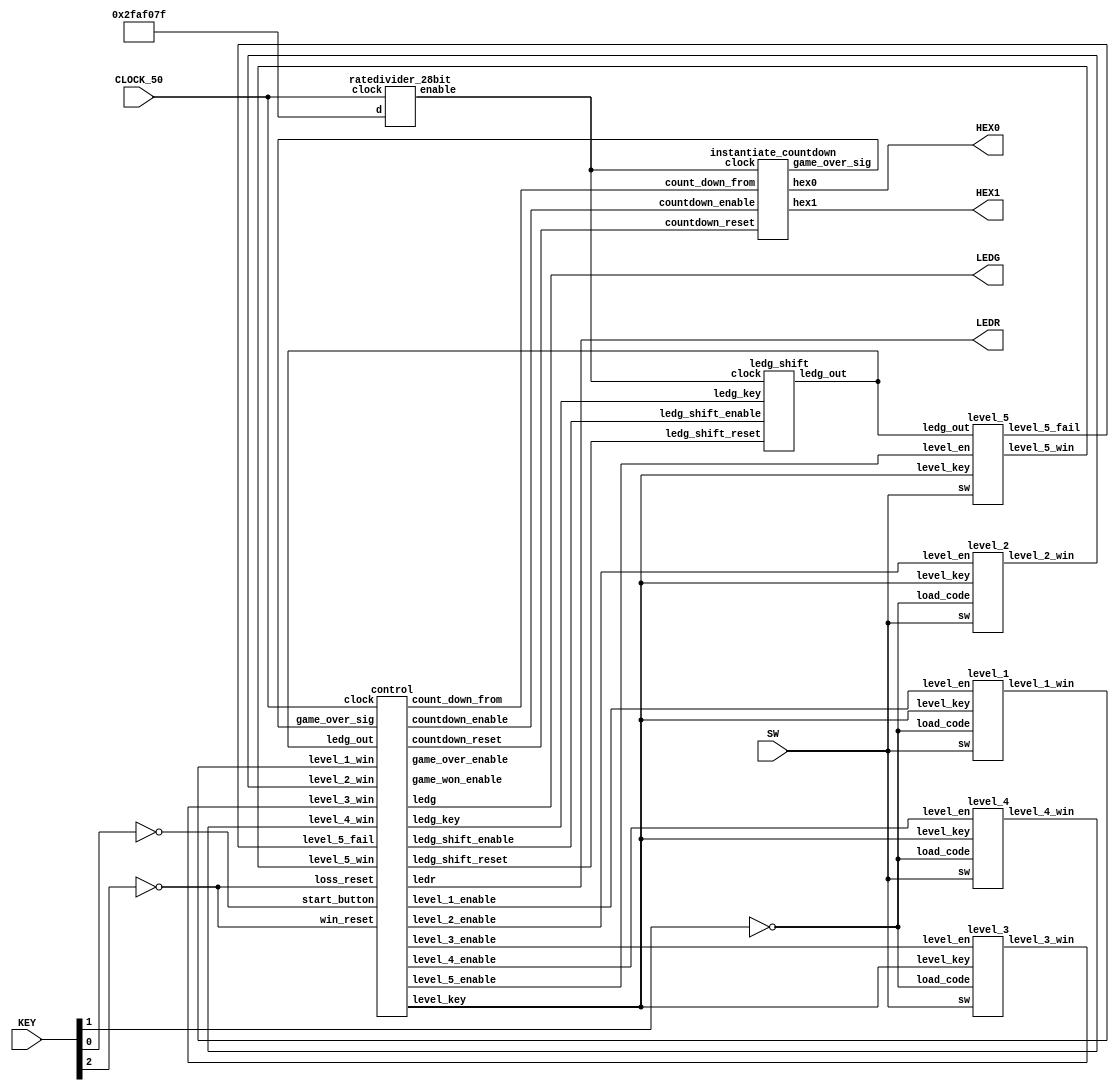


module basic_game(CLOCK_50, KEY, SW, LEDR, LEDG, HEX0, HEX1); //wait states and new levels

	input CLOCK_50;
	input [3:0] KEY;
	input [17:0] SW;
	
	output [17:0] LEDR;
	output [7:0] LEDG;
	output [6:0] HEX0;
	output [6:0] HEX1;
	
	wire rate_out,
		 countdown_reset,
		 countdown_enable,
		 game_over_sig;
		 
	wire [7:0] count_down_from;

	wire level_1_enable;
	wire level_1_win;
	
	wire level_2_enable;
	wire level_2_win;
	
	wire level_3_enable;
	wire level_3_win;
	
	wire level_4_enable;
	wire level_4_win;
	
	wire level_5_enable;
	wire level_5_win;
	wire level_5_fail;
	
	wire game_won_enable;
	wire win_reset;
	
	wire game_over_enable;
	wire loss_reset;
	
	wire [17:0] level_key;
	
	instantiate_countdown ctdwn (
		.clock(rate_out), //rate divider output
		.countdown_reset(countdown_reset), //from CONTROL
		.countdown_enable(countdown_enable), //from control
		.count_down_from(count_down_from), //from control
		.hex0(HEX0),
		.hex1(HEX1),
		.game_over_sig(game_over_sig) //output to control
		);
		
	ratedivider_28bit rateOne ( //should be 1 per second
        .clock(CLOCK_50),
        .d(28'b0010111110101111000001111111),
        .enable(rate_out)
    );
    
    wire ledg_shift_enable;
    wire ledg_shift_reset;
    wire [7:0] ledg_out;
    wire [29:0] ledg_key;
    
    ledg_shift ledg_shift(
    	.clock(rate_out),
    	.ledg_shift_enable(ledg_shift_enable),
    	.ledg_shift_reset(ledg_shift_reset),
    	.ledg_key(ledg_key), //30 bits
    	.ledg_out(ledg_out) //8 bit output
    );
	
    control ctrl(
    	.clock(CLOCK_50),
    	.start_button(~KEY[0]), //game start button
    	.game_over_sig(game_over_sig), //from countdown
    	.win_reset(~KEY[2]),
    	.loss_reset(~KEY[2]),
    	.level_1_win(level_1_win),
    	.level_2_win(level_2_win),
    	.level_3_win(level_3_win),
    	.level_4_win(level_4_win),
    	.level_5_win(level_5_win),
    	.level_5_fail(level_5_fail),
    	.ledg_out(ledg_out),
    	.ledg_shift_enable(ledg_shift_enable),
    	.ledg_shift_reset(ledg_shift_reset),
    	
    	.countdown_reset(countdown_reset),
    	.countdown_enable(countdown_enable),
    	.count_down_from(count_down_from),
    	
    	//outputs
    	.level_1_enable(level_1_enable),
    	.level_2_enable(level_2_enable),
    	.level_3_enable(level_3_enable),
    	.level_4_enable(level_4_enable),
    	.level_5_enable(level_5_enable),

    	.level_key(level_key), //18 bits
    	.ledg_key(ledg_key), //18 bits
    	.game_won_enable(game_won_enable),
    	.game_over_enable(game_over_enable),
    	.ledr(LEDR),
    	.ledg(LEDG)
    	);
		
	// assign LEDG[0] = level_1_enable;
		
	level_1 level_1 (
    	.level_en(level_1_enable), //ENABLE SIGNAL
    	.load_code(~KEY[1]),       //ENTER SIGNAL
    	.sw(SW[17:0]),             //INPUT
    	.level_key(level_key),     //KEY FOR LEVEL... -> MIGHT NEED LOAD SIGNAL FROM CONTROL
    	.level_1_win(level_1_win)
    	);
    	
    level_2 level_2 (
    	.level_en(level_2_enable), //ENABLE SIGNAL
    	.load_code(~KEY[1]),       //ENTER SIGNAL
    	.sw(SW[17:0]),             //INPUT
    	.level_key(level_key),     //KEY FOR LEVEL... -> MIGHT NEED LOAD SIGNAL FROM CONTROL
    	.level_2_win(level_2_win)
    	);
    	
    level_3 level_3 (
    	.level_en(level_3_enable), //ENABLE SIGNAL
    	.load_code(~KEY[1]),       //ENTER SIGNAL
    	.sw(SW[17:0]),             //INPUT
    	.level_key(level_key),     //KEY FOR LEVEL... -> MIGHT NEED LOAD SIGNAL FROM CONTROL
    	.level_3_win(level_3_win)
    	);
    	
    level_4 level_4 (
    	.level_en(level_4_enable), //ENABLE SIGNAL
    	.load_code(~KEY[1]),       //ENTER SIGNAL
    	.sw(SW[17:0]),             //INPUT
    	.level_key(level_key),     //KEY FOR LEVEL... -> MIGHT NEED LOAD SIGNAL FROM CONTROL
    	.level_4_win(level_4_win)
    	);
    
    level_5 level_5 (
    	.level_en(level_5_enable), //ENABLE SIGNAL
    	.ledg_out(ledg_out),
    	.sw(SW[17:0]),             //INPUT
    	.level_key(level_key),     //KEY FOR LEVEL... -> MIGHT NEED LOAD SIGNAL FROM CONTROL
    	.level_5_win(level_5_win),
    	.level_5_fail(level_5_fail)
    	);
    	

endmodule

module control(
	input clock,
	input start_button,
	input game_over_sig,
	input win_reset,
	input loss_reset,
	input level_1_win,
	input level_2_win,
	input level_3_win,
	input level_4_win,
	input level_5_win,
	input level_5_fail,
	input [7:0] ledg_out,
	
	output reg ledg_shift_enable,
    output reg ledg_shift_reset,
	output reg countdown_reset,
	output reg countdown_enable,
	output reg [7:0] count_down_from,
	
	output reg level_1_enable,
	output reg level_2_enable,
	output reg level_3_enable,
	output reg level_4_enable,
	output reg level_5_enable,
	output reg [17:0] level_key,
	output reg [29:0] ledg_key, //new
	output reg game_won_enable,
	output reg game_over_enable,
	output reg [17:0] ledr,
	output reg [7:0] ledg
	);
	
	reg [4:0] current_state, next_state;
	
	localparam 	STANDBY 		= 	5'd0,
				STANDBY_WAIT 	= 	5'd1,
				LEVEL_1 		= 	5'd2,
				LEVEL_1_WAIT	=	5'd3,
				LEVEL_2 		= 	5'd4,
				LEVEL_2_WAIT	=	5'd5,
				LEVEL_3 		= 	5'd6,
				LEVEL_3_WAIT	=	5'd7,
				LEVEL_4 		= 	5'd8,
				LEVEL_4_WAIT	=	5'd9,
				LEVEL_5 		= 	5'd10,
				GAME_WON		= 	5'd11,
				GAME_OVER		=	5'd12;
					
	//state logic (game states)
	always @(*)
	begin: state_table
		case (current_state)
			STANDBY: 		next_state = start_button? STANDBY_WAIT : STANDBY;
			STANDBY_WAIT: 	next_state = start_button? STANDBY_WAIT : LEVEL_1;
			
			LEVEL_1: 		if (game_over_sig)
									next_state = GAME_OVER;
								else if (level_1_win)
									next_state = LEVEL_1_WAIT;
								else
									next_state = LEVEL_1;
									
			LEVEL_1_WAIT:	next_state = start_button? LEVEL_2 : LEVEL_1_WAIT;
									
			LEVEL_2: 		if (game_over_sig)
									next_state = GAME_OVER;
								else if (level_2_win)
									next_state = LEVEL_2_WAIT;
								else
									next_state = LEVEL_2;	
									
			LEVEL_2_WAIT:	next_state = start_button? LEVEL_3 : LEVEL_2_WAIT;
									
			LEVEL_3: 		if (game_over_sig)
									next_state = GAME_OVER;
								else if (level_3_win)
									next_state = LEVEL_3_WAIT;
								else
									next_state = LEVEL_3;
									
			LEVEL_3_WAIT:	next_state = start_button? LEVEL_4 : LEVEL_3_WAIT;
									
			LEVEL_4: 		if (game_over_sig)
									next_state = GAME_OVER;
								else if (level_4_win)
									next_state = LEVEL_5;
								else
									next_state = LEVEL_4;
									
			LEVEL_4_WAIT:	next_state = start_button? LEVEL_5 : LEVEL_4_WAIT;
			
			LEVEL_5: 		if (game_over_sig || level_5_fail)
									next_state = GAME_OVER;
								else if (level_5_win)
									next_state = GAME_WON;
								else
									next_state = LEVEL_5;
								
			GAME_WON:		next_state = win_reset? STANDBY : GAME_WON;
			GAME_OVER:		next_state = loss_reset? STANDBY : GAME_OVER;
			
			default:     next_state = STANDBY;
		endcase
	end //state logic
	
	always @(*)
	begin: enable_signals
	
		// by default set enable signals to 0
		level_1_enable = 1'b0;
		level_2_enable = 1'b0;
		level_3_enable = 1'b0;
		level_4_enable = 1'b0;
		level_5_enable = 1'b0;
		game_won_enable = 1'b0;
		game_over_enable = 1'b0;
		//?
		countdown_reset = 1'b1;
		countdown_enable = 1'b0;
		
		case (current_state)
			STANDBY: begin
				countdown_reset = 1'b1;
				countdown_enable = 1'b0;
				count_down_from [7:0] = 8'd30;
				
				ledg_shift_enable = 1'b0;
				ledg_shift_reset = 1'b1;
				ledg_key = 30'b111101100011110111111100000011;
				
				//level_1_enable = 1'b0;
				//game_won_enable = 1'b0;
				//game_over_enable = 1'b0;
				
				level_key = 18'b0;
				ledr = 18'b0;
				ledg = 8'b0;
				
			end
			
			STANDBY_WAIT: begin
			//nothing
			end
			
			LEVEL_1: begin
				countdown_reset = 1'b0;
				countdown_enable = 1'b1;
				count_down_from [7:0] =  8'd30; //30 seconds
				
				level_1_enable = 1'b1;
				level_key = 18'b000000000000011111;
				ledr = 18'b000000000000011111;
				ledg = 8'b0;
			end
			
			LEVEL_1_WAIT: begin
				countdown_reset = 1'b1;
				countdown_enable = 1'b0;
				count_down_from [7:0] = 8'd0;
				level_key = 18'b0;
				ledr = 18'b0;
				ledg = 8'b0;
			end
			
			LEVEL_2: begin
				countdown_reset = 1'b0;
				countdown_enable = 1'b1;
				count_down_from [7:0] =  8'd20; //20 seconds
				
				level_2_enable = 1'b1;
				level_key = 18'b101010101010101010;
				ledr = 18'b101010101010101010;
				ledg = 8'b0;
			end
			
			LEVEL_2_WAIT: begin
				countdown_reset = 1'b1;
				countdown_enable = 1'b0;
				count_down_from [7:0] = 8'd0;
				level_key = 18'b0;
				ledr = 18'b0;
				ledg = 8'b0;
			end
			
			LEVEL_3: begin
				countdown_reset = 1'b0;
				countdown_enable = 1'b1;
				count_down_from [7:0] =  8'd10; //10 seconds
				
				level_3_enable = 1'b1;
				level_key = 18'b110000110100101110;
				ledr = 18'b110000110100101110;
				ledg = 8'b0;
			end
			
			LEVEL_3_WAIT: begin
				countdown_reset = 1'b1;
				countdown_enable = 1'b0;
				count_down_from [7:0] = 8'd0;
				level_key = 18'b0;
				ledr = 18'b0;
				ledg = 8'b0;
			end
			
			LEVEL_4: begin
				countdown_reset = 1'b0;
				countdown_enable = 1'b1;
				count_down_from [7:0] =  8'd5; //5 seconds
				
				level_4_enable = 1'b1;
				level_key = 18'b111111111110111111;
				ledr = 18'b111111111110111111;
				ledg = 8'b0;
			end
			
			LEVEL_4_WAIT: begin
				countdown_reset = 1'b1;
				countdown_enable = 1'b0;
				count_down_from [7:0] = 8'd30;
				level_key = 18'b0;
				ledr = 18'b0;
				ledg = 8'b0;
			end
			
			LEVEL_5: begin
				countdown_reset = 1'b0;
				countdown_enable = 1'b1;
				count_down_from [7:0] =  8'd30; //30 seconds
				
				level_5_enable = 1'b1;
				level_key = 18'b001001001001001001;
				ledr = 18'b001001001001001001;
				
				ledg_shift_enable = 1'b1;
				ledg_shift_reset = 1'b0;
				
				// ledg on sometimes but not other times
				ledg_key = 30'b111101100011110111111100000011;
				ledg = ledg_out;
			end
			
			GAME_WON: begin
				//no timer
				countdown_reset = 1'b1; //reset
				countdown_enable = 1'b0; //disabled
				count_down_from [7:0] = 8'b00000000;
				
				game_won_enable = 1'b1;
				ledr = 18'b0;
				ledg = 8'b11111111;
			end
			
			GAME_OVER: begin
				//no timer
				countdown_reset = 1'b1; //reset
				countdown_enable = 1'b0; //disabled
				count_down_from [7:0] = 8'b00000000;
				
				game_over_enable = 1'b1;
				ledr = 18'b111111111111111111;
				ledg = 8'b0;
			end
			
		endcase
	end //enable signals
	
	// current_state registers
    always@(posedge clock)
    begin: state_FFs
        if (win_reset || loss_reset)
            current_state <= STANDBY;
        else
            current_state <= next_state;
    end

endmodule

module level_1(
	input level_en,
	input [17:0] level_key,
	input load_code,
	input [17:0] sw,
	output reg level_1_win
	);
	
	reg [17:0] code;
	
	always @(*) begin
		if (level_en) begin
			
			//send pass signal if correct switches on
			if (load_code) begin
			       code <= sw[17:0];
                if (code == level_key) 
                    level_1_win = 1'b1;
                else
					level_1_win = 1'b0;
			end
		end
		else
				level_1_win = 1'b0;
      end
		
endmodule

module level_2(
	input level_en,
	input [17:0] level_key,
	input load_code,
	input [17:0] sw,
	output reg level_2_win
	);
	
	reg [17:0] code;
	
	always @(*) begin
		if (level_en) begin
			
			//send pass signal if correct switches on
			if (load_code) begin
			       code <= sw[17:0];
                if (code == level_key) 
                    level_2_win = 1'b1;
                else
					level_2_win = 1'b0;
				end
            end
			else
			level_2_win = 1'b0;
      end
		
endmodule

module level_3(
	input level_en,
	input [17:0] level_key,
	input load_code,
	input [17:0] sw,
	output reg level_3_win
	);
	
	reg [17:0] code;
	
	always @(*) begin
		if (level_en) begin
			
			//send pass signal if correct switches on
			if (load_code) begin
			       code <= sw[17:0];
                if (code == level_key) 
                    level_3_win = 1'b1;
                else
					level_3_win = 1'b0;
				end
            end
			else
			level_3_win = 1'b0;
      end
		
endmodule

module level_4(
	input level_en,
	input [17:0] level_key,
	input load_code,
	input [17:0] sw,
	output reg level_4_win
	);
	
	reg [17:0] code;
	
	always @(*) begin
		if (level_en) begin
			
			//send pass signal if correct switches on
			if (load_code) begin
			       code <= sw[17:0];
                if (code == level_key) 
                    level_4_win = 1'b1;
                else
					level_4_win = 1'b0;
				end
            end
			else
			level_4_win = 1'b0;
      end
		
endmodule

module level_5(
	input level_en,
	input [17:0] level_key,
	input [7:0] ledg_out,
	input [17:0] sw,
	output reg level_5_win,
	output reg level_5_fail
	);
	
	reg [17:0] code;
	
	reg [17:0] sw_delay;
	wire sw_edge;

	assign sw_edge = |(sw_delay ^ sw); //If any edge on any switch is detected
	
	always @(*) begin
		level_5_fail <= 1'b0;
		level_5_win <= 1'b0;
		sw_delay <= sw;
	
		if (ledg_out == 8'b00000) begin
			if (sw_edge) begin
				level_5_fail = 1'b1;
    		end else begin
    			level_5_fail = 1'b0;
    		end
   		 end
    
    	else if (ledg_out == 8'b11111) begin
			code <= sw[17:0];
				
     	   if (code == level_key)
      	      level_5_win = 1'b1;
      	  else
				level_5_win = 1'b0;
		end
			
	end
endmodule

/*
module game_won(
	input level_en,
	input reset_button,
	output reg win_reset
	);
	
	always @(*) begin
		if (level_en) begin
			
			//send reset signal if reset button pressed
			if (reset_button) begin
			win_reset = 1'b1;
			end
			else
			win_reset = 1'b0;
		end
		win_reset = 1'b0;
	end
endmodule

module game_over(
	input level_en,
	input reset_button,
	output reg loss_reset
	);
	
	always @(*) begin
		if (level_en) begin
			
			//send reset signal if reset button pressed
			if (reset_button) begin
			loss_reset = 1'b1;
			end
			else
			loss_reset = 1'b0;
		end
		loss_reset = 1'b0;
	end
endmodule

*/

module ledg_shift(clock, ledg_shift_enable, ledg_shift_reset, ledg_key, ledg_out);
	input clock;
	input ledg_shift_enable;
	input ledg_shift_reset;
	input [29:0] ledg_key;
	output reg [7:0] ledg_out;
	
	reg [29:0] q;
	
	always @(posedge clock) begin
	
		if (ledg_shift_reset) begin
			q <= ledg_key;
			ledg_out <= 8'b0;
		end
	
		if (ledg_shift_enable) begin
			//shift q by 1 
			q <= q << 1;
			
			if (q[0] == 0)
				ledg_out <= 8'b00000000;
			else 
				ledg_out <= 8'b11111111;
		end
		
		ledg_out <= 8'b0;
	end
endmodule



// COUNTDOWN-RELATED THINGS:
module instantiate_countdown(clock, countdown_reset, countdown_enable, count_down_from, hex0, hex1, game_over_sig);
	input clock;
	input countdown_reset;
	input countdown_enable;
	input [7:0] count_down_from;
	output [6:0] hex0, hex1;
	output game_over_sig;
	
	wire [7:0] countdown_out;
	wire [3:0] hundreds, tens, ones;
	
	//countdown
	countdown countdown(
		.clk(clock),
		.countdown_enable(countdown_enable),
		.count_down_from(count_down_from),
		.countdown_reset(countdown_reset),
		.countdown_out(countdown_out),
		.game_over_sig(game_over_sig)
		);
		
	//use bcd to convert output of counter to hex
	bcd bcd(
		.number(countdown_out),
		.hundreds(hundreds),
		.tens(tens),
		.ones(ones)
		);
			
	hex_decoder H0(
        .hex_digit(ones), 
        .segments(hex0)
        );
        
	hex_decoder H1(
        .hex_digit(tens), 
        .segments(hex1)
        );
endmodule

module countdown (clk, countdown_enable, count_down_from, countdown_reset, countdown_out, game_over_sig);
	input clk;
	input countdown_enable; //only count if 1
	input [7:0] count_down_from; //8 bits max
	input countdown_reset;
	
	reg [7:0] q = 8'b0; //counter value
	reg [7:0] r; //count up to
	output reg [7:0] countdown_out;
	output reg game_over_sig;
	
	always @(posedge clk) begin
	
	//if enable, count down
		//if it reaches 0, game_over_sig = 1 to control
		
		//actually start at 0 and count up. If counter reaches the count_down_from value,
		//send game_over_signal
		
	
		if (countdown_reset) begin
			q <= 8'b0;
			countdown_out <= q;
			game_over_sig = 1'b0;
		end
	
		if (countdown_enable) begin
			r <= count_down_from;
			if (q !== r)
				q <= q + 1;
			else if (q == r)
				game_over_sig = 1'b1;

			countdown_out <= r - q;
		end	

	end
endmodule

//credit: http://www.deathbylogic.com/2013/12/binary-to-binary-coded-decimal-bcd-converter/
module bcd(number, hundreds, tens, ones);
   // I/O Signal Definitions
   input  [7:0] number;
   output reg [3:0] hundreds;
   output reg [3:0] tens;
   output reg [3:0] ones;
   
   // Internal variable for storing bits
   reg [19:0] shift;
   integer i;
   
   always @(number)
   begin
      // Clear previous number and store new number in shift register
      shift[19:8] = 0;
      shift[7:0] = number;
      
      // Loop eight times
      for (i=0; i<8; i=i+1) begin
         if (shift[11:8] >= 5)
            shift[11:8] = shift[11:8] + 3;
            
         if (shift[15:12] >= 5)
            shift[15:12] = shift[15:12] + 3;
            
         if (shift[19:16] >= 5)
            shift[19:16] = shift[19:16] + 3;
         
         // Shift entire register left once.hex_digit(test),
         shift = shift << 1;
      end
      
      // Push decimal numbers to output
      hundreds = shift[19:16];
      tens     = shift[15:12];
      ones     = shift[11:8];
   end
 
endmodule

module hex_decoder(hex_digit, segments);
    input [3:0] hex_digit;
    output reg [6:0] segments;
   
    always @(*)
        case (hex_digit)
            4'h0: segments = 7'b100_0000;
            4'h1: segments = 7'b111_1001;
            4'h2: segments = 7'b010_0100;
            4'h3: segments = 7'b011_0000;
            4'h4: segments = 7'b001_1001;
            4'h5: segments = 7'b001_0010;
            4'h6: segments = 7'b000_0010;
            4'h7: segments = 7'b111_1000;
            4'h8: segments = 7'b000_0000;
            4'h9: segments = 7'b001_1000;
            4'hA: segments = 7'b000_1000;
            4'hB: segments = 7'b000_0011;
            4'hC: segments = 7'b100_0110;
            4'hD: segments = 7'b010_0001;
            4'hE: segments = 7'b000_0110;
            4'hF: segments = 7'b000_1110;
            default: segments = 7'h7f;
        endcase
endmodule

module ratedivider_28bit(clock, d, enable);
    input [27:0] d;
    input clock;
    output reg enable;
    reg [27:0] q;
    always @(posedge clock)
    begin
        if (q == 0)
            q <= d;
        else
            q <= q - 28'b0000000000000000000000000001;
        enable <= (q == 0) ? 1 : 0;
    end
endmodule